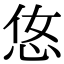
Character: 𢘂